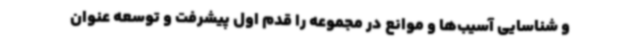
و شناسایی آسیب‌ها و موانع در مجموعه را قدم اول پیشرفت و توسعه عنوان